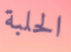
الحلبة